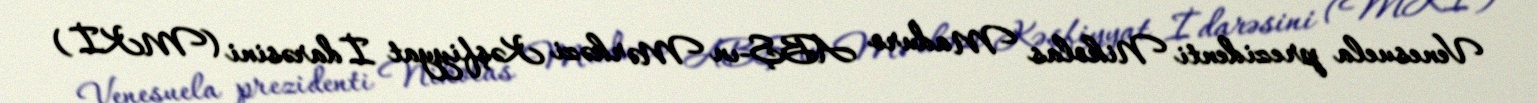
Venesuela prezidenti Nikolas Maduro ABŞ-ın Mərkəzi Kəşfiyyat İdarəsini (MKİ)